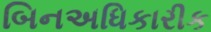
બિનઅધિકારીક